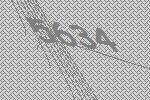
5634